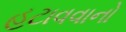
હટાવવાનો